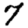
Digit: 7